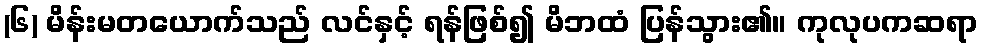
(၆) မိန်းမတယောက်သည် လင်နှင့် ရန်ဖြစ်၍ မိဘထံ ပြန်သွား၏။ ကုလုပကဆရာ